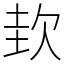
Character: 㰪